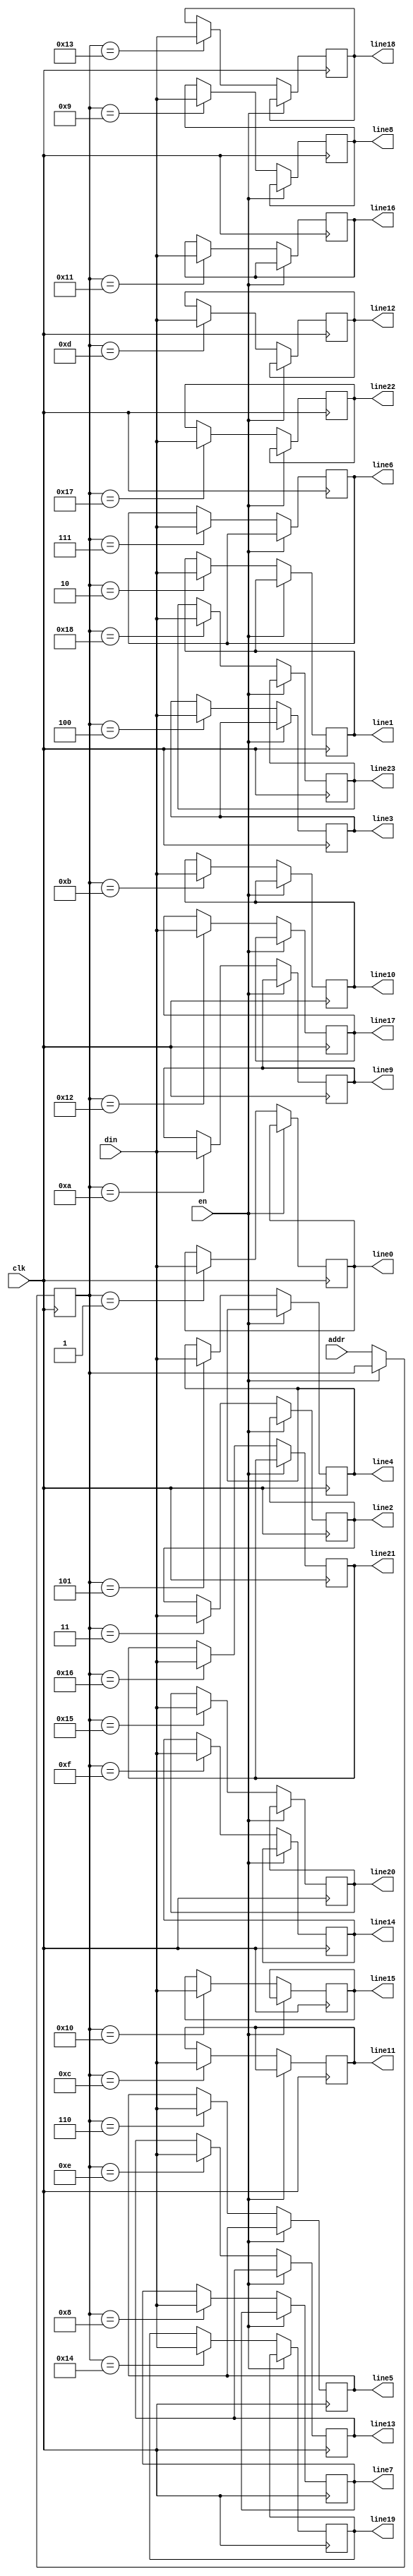
module mux_1to24 (clk, en, addr, din, line0, line1, line2, line3,
					line4, line5, line6, line7, line8, line9, line10,
					line11, line12, line13, line14, line15, line16,
					line17, line18, line19, line20, line21, line22,
					line23);
input clk,en;
input signed [31:0] din;	//
input [6:0] addr;		// 7
//32
output signed [31:0] line0, line1, line2, line3, line4, line5, line6,
		line7, line8, line9, line10, line11, line12,
		line13, line14, line15, line16, line17, line18,
		line19, line20, line21, line22, line23;
reg 	signed [31:0] line0, line1, line2, line3, line4, line5, line6,
		line7, line8, line9, line10, line11, line12,
		line13, line14, line15, line16, line17, line18,
		line19, line20, line21, line22, line23, midmem;
reg [6:0] addr_buf0;		// 7
always @ (posedge clk)
if (!en) 
	begin addr_buf0<=addr; 
	end
else 
	begin addr_buf0<=addr_buf0; 
	end
always @ (posedge clk)	//24132
if (!en)
	begin
	case (addr_buf0)
		6'd1	:	line0=din;
		6'd2	:	line1=din;
		6'd3	:	line2=din;
		6'd4	:	line3=din;
		6'd5	:	line4=din;
		6'd6	:	line5=din;
		6'd7	:	line6=din;
		6'd8	:	line7=din;
		6'd9	:	line8=din;
		6'd10	:	line9=din;
		6'd11	:	line10=din;
		6'd12	:	line11=din;
		6'd13	:	line12=din;
		6'd14	:	line13=din;
		6'd15	:	line14=din;
		6'd16	:	line15=din;
		6'd17	:	line16=din;
		6'd18	:	line17=din;
		6'd19	:	line18=din;	
		6'd20	:	line19=din;
		6'd21	:	line20=din;
		6'd22	:	line21=din;
		6'd23	:	line22=din;
		6'd24	:	line23=din;
		default :	midmem=din;
		endcase
	end
endmodule